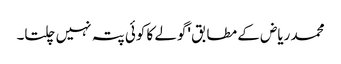
محمد ریاض کے مطابق 'گولے کا کوئی پتہ نہیں چلتا۔